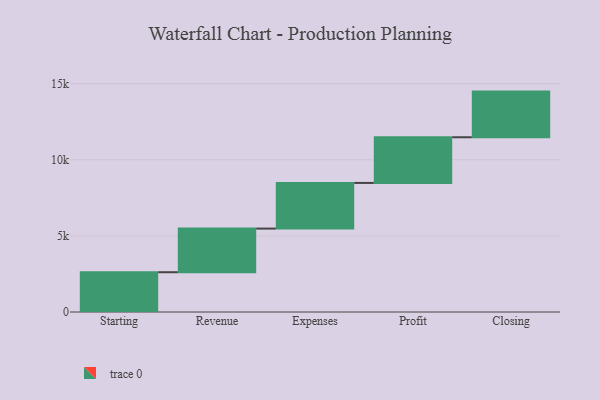
{"axis": {"x": "Step", "y": "Value"}, "legend": [""], "data": [{"x": "Starting", "y": 2613.0, "type": ""}, {"x": "Revenue", "y": 2867.0, "type": ""}, {"x": "Expenses", "y": 3000, "type": ""}, {"x": "Profit", "y": 3000, "type": ""}, {"x": "Closing", "y": 3000, "type": ""}]}